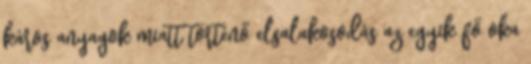
káros anyagok miatt történő elsalakosodás az egyik fő oka